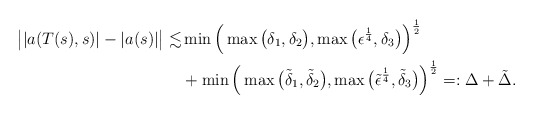
\begin{align*} \big| |a(T(s),s)| - |a(s)| \big| \lesssim & \min \Big( \max \big( \delta_1 , \delta_2 \big), \max \big( \epsilon^{\frac{1}{4}}, \delta_3 \big) \Big)^{\frac{1}{2}} \\ &+ \min \Big( \max \big( \tilde{\delta}_1 , \tilde{\delta}_2 \big), \max \big( \tilde{\epsilon}^{\frac{1}{4}}, \tilde{\delta}_3 \big) \Big)^{\frac{1}{2}} =: \Delta + \tilde{\Delta}.\end{align*}